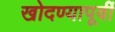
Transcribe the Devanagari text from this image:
खोदण्यापूर्वी